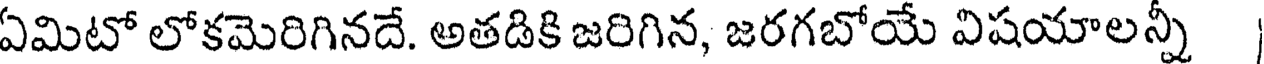
ఏమిటో లోకమెరిగినదే. అతడికి జరిగిన, జరగబోయే విషయాలన్నీ